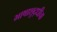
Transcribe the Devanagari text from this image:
भाषाशुद्धीचा